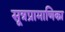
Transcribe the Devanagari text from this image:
सूत्रप्रामाणिका